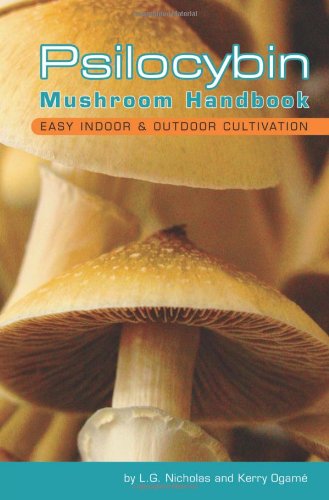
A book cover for Psilocybin Mushroom Handbook: Easy Indoor and Outdoor Cultivation; L. G Nicholas; Crafts, Hobbies & Home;